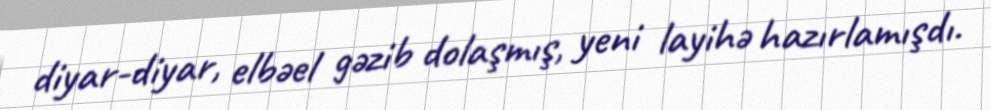
diyar-diyar, elbəel gəzib dolaşmış, yeni layihə hazırlamışdı.